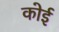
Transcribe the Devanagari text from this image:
कोई